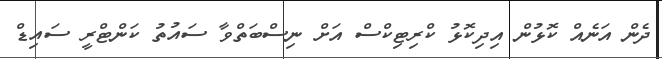
ދެން އަނެއް ކޮޅުން އިދިކޮޅު ކްރިޓިކްސް އަށް ނިސްބަތްވާ ސައުތު ކަންޓްރީ ސަައިޑް